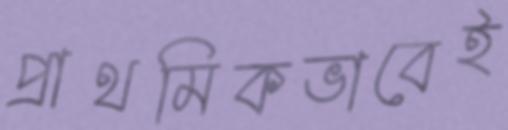
প্রাথমিকভাবেই